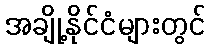
အချို့နိုင်ငံများတွင်